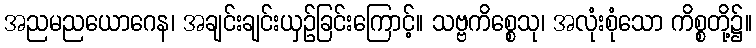
အညမညယောဂေန၊ အချင်းချင်းယှဉ်ခြင်းကြောင့်။ သဗ္ဗကိစ္စေသု၊ အလုံးစုံသော ကိစ္စတို့၌။